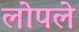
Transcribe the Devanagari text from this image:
लोपले